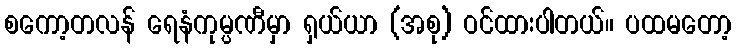
စကော့တလန် ရေနံကုမ္ပဏီမှာ ရှယ်ယာ (အစု) ဝင်ထားပါတယ်။ ပထမတော့